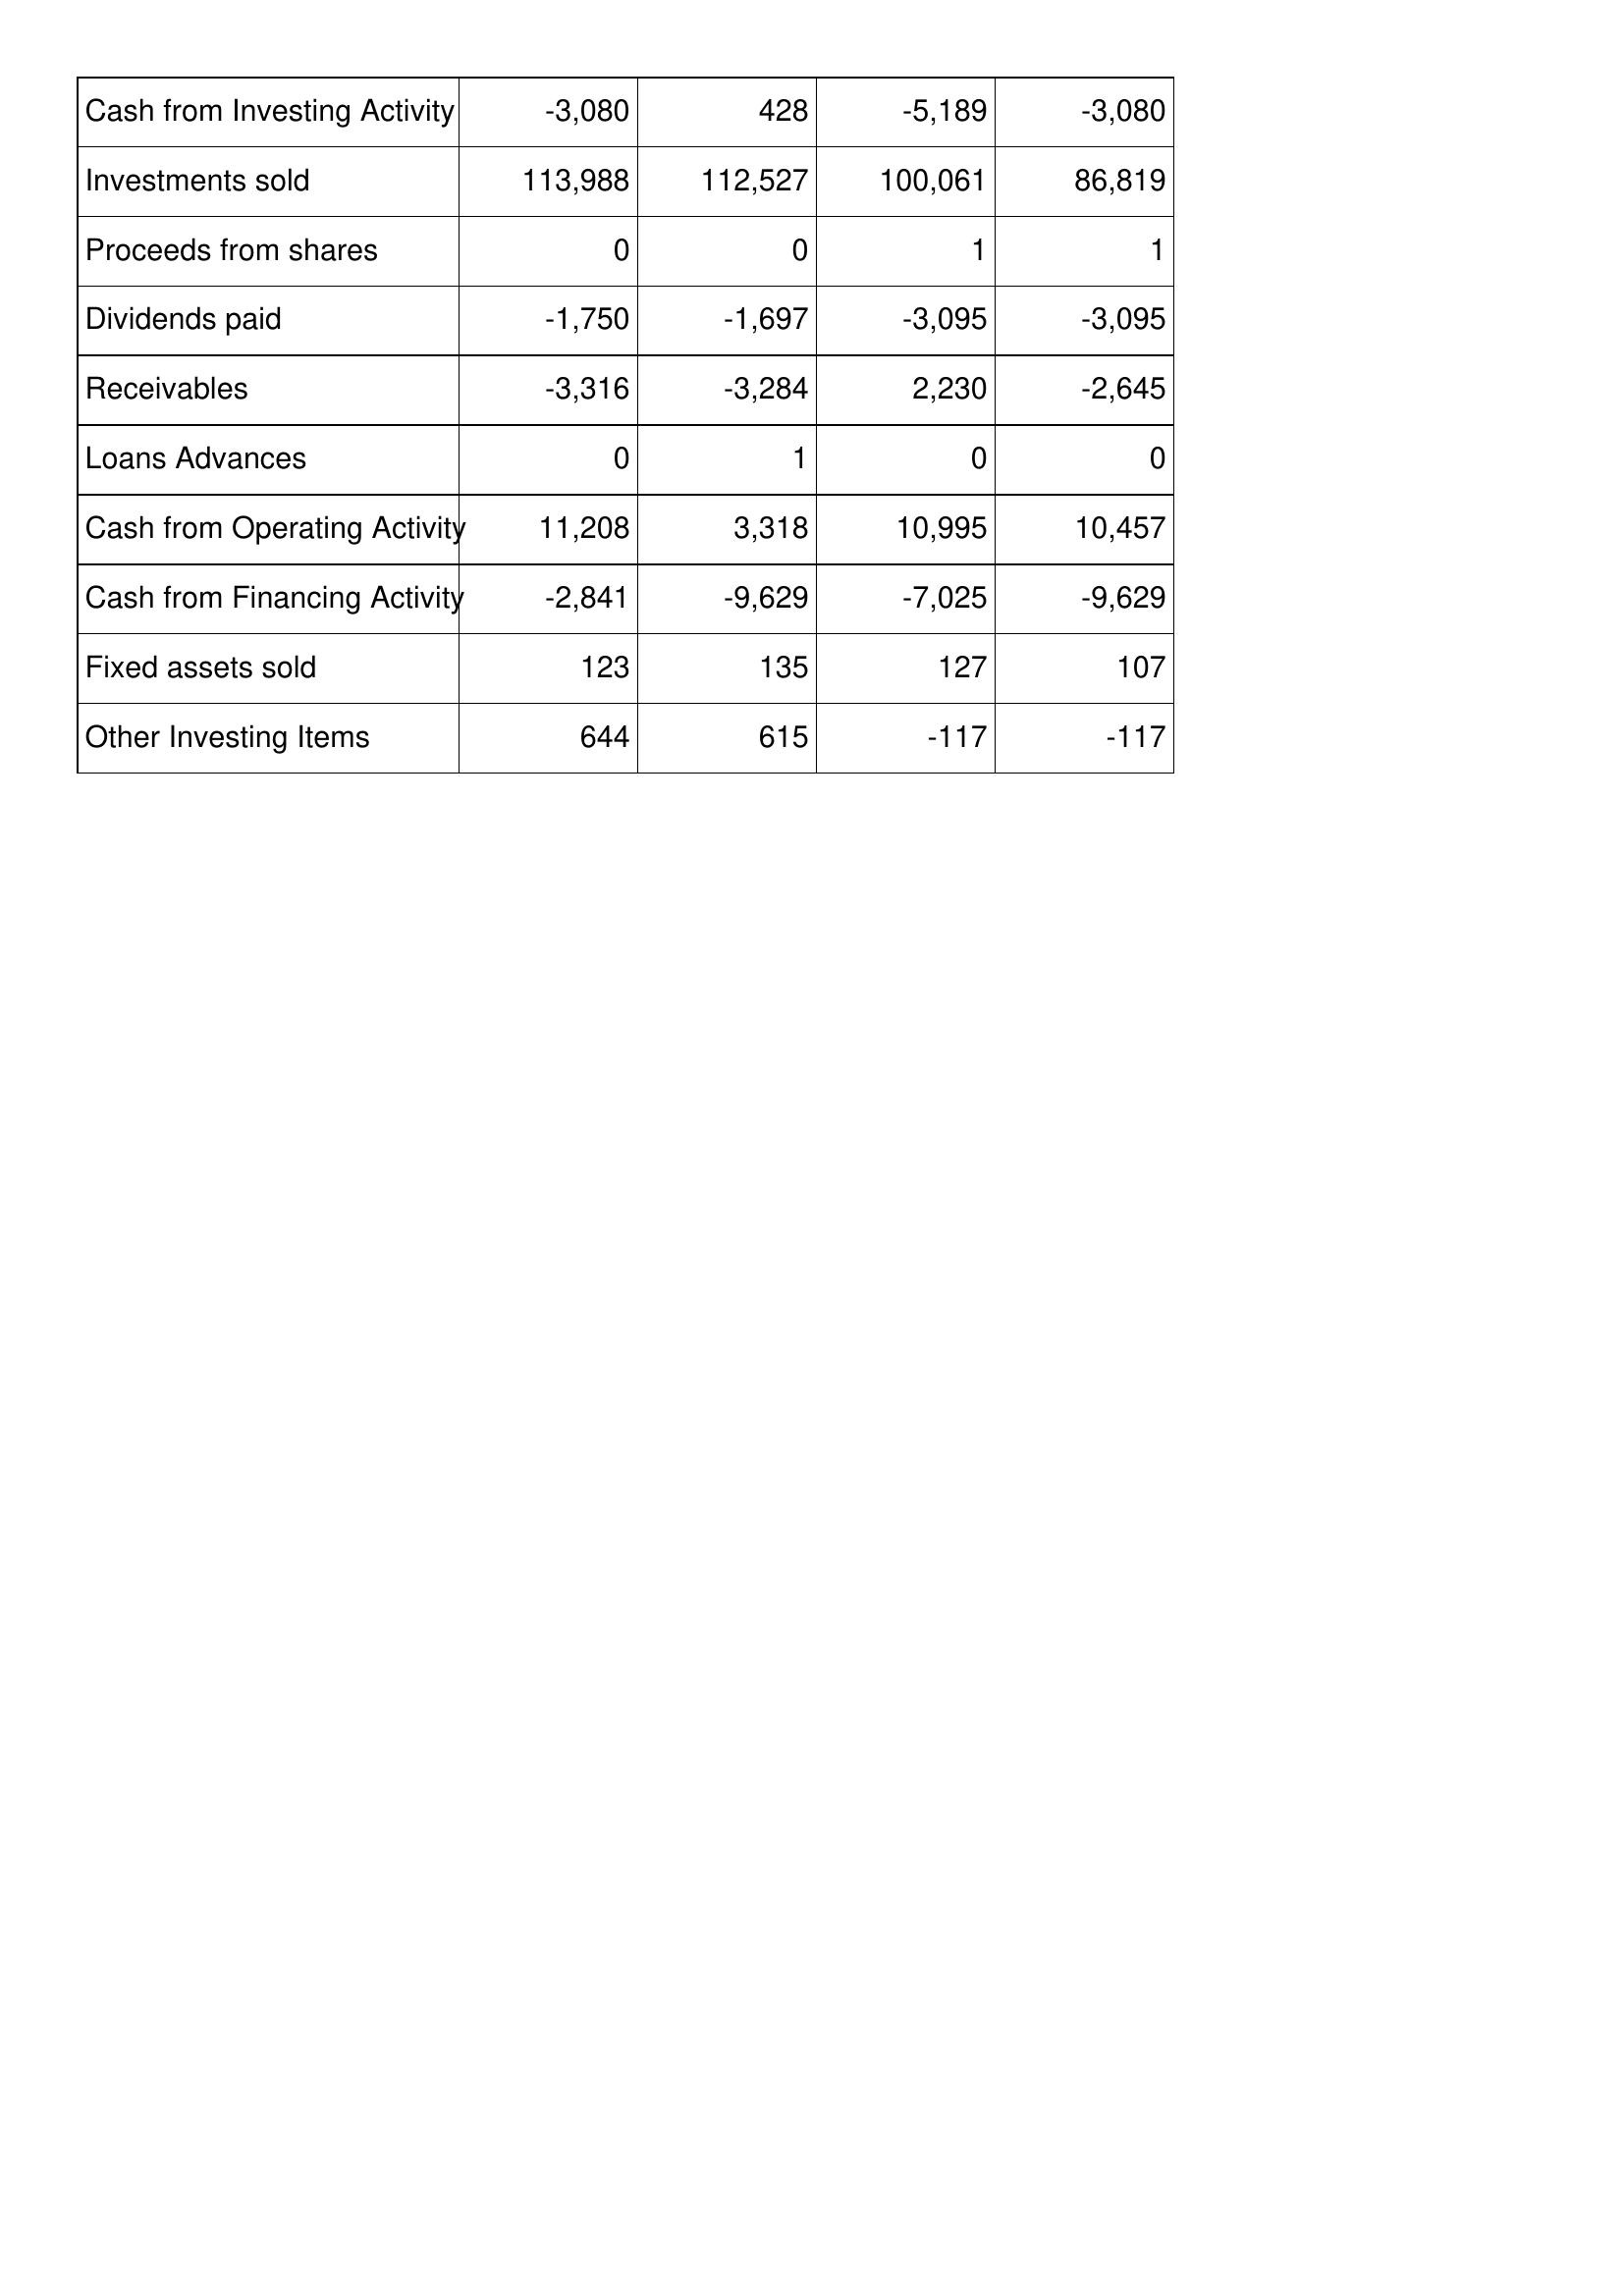
Apr-97: Cash Flows: Cash from Investing Activity: -3,080
Investments sold: 113,988
Proceeds from shares: 0
Dividends paid: -1,750
Receivables: -3,316
Loans Advances: 0
Cash from Operating Activity: 11,208
Cash from Financing Activity: -2,841
Fixed assets sold: 123
Other Investing Items: 644
Apr-96: Cash Flows: Cash from Investing Activity: 428
Investments sold: 112,527
Proceeds from shares: 0
Dividends paid: -1,697
Receivables: -3,284
Loans Advances: 1
Cash from Operating Activity: 3,318
Cash from Financing Activity: -9,629
Fixed assets sold: 135
Other Investing Items: 615
Apr-95: Cash Flows: Cash from Investing Activity: -5,189
Investments sold: 100,061
Proceeds from shares: 1
Dividends paid: -3,095
Receivables: 2,230
Loans Advances: 0
Cash from Operating Activity: 10,995
Cash from Financing Activity: -7,025
Fixed assets sold: 127
Other Investing Items: -117
Apr-94: Cash Flows: Cash from Investing Activity: -3,080
Investments sold: 86,819
Proceeds from shares: 1
Dividends paid: -3,095
Receivables: -2,645
Loans Advances: 0
Cash from Operating Activity: 10,457
Cash from Financing Activity: -9,629
Fixed assets sold: 107
Other Investing Items: -117